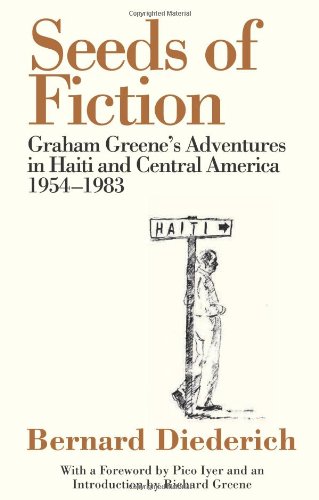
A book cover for Seeds of Fiction: Graham Greene's Adventures in Haiti and Central America 1954EE1983; Bernard Diederich; Travel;